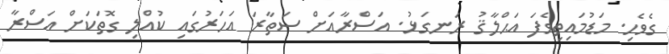
ގެވެހި. މަޑުމައިތިވެފަ އަޙްލާޤު ރަނގަޅު. އަސްރާއަށް ސަތާރަ އަހަރުގައި ކުއްލި ގޮތަކަށް އަސްރާ